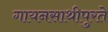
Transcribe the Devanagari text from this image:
गायनसाथीपुरते